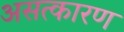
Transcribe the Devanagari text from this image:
असत्कारण